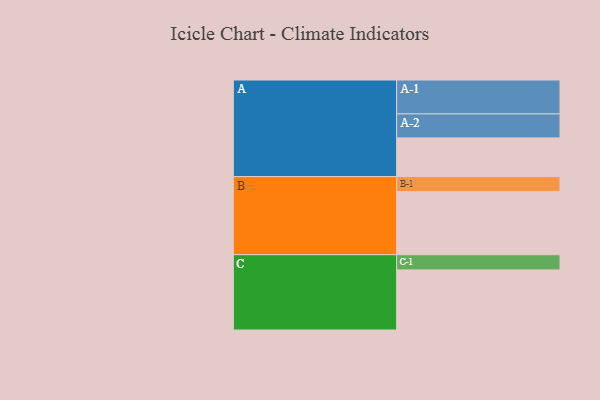
{"axis": {"x": "Segment", "y": "Value"}, "legend": ["", "A", "B", "C"], "data": [{"x": "A", "y": 300, "type": ""}, {"x": "B", "y": 489, "type": ""}, {"x": "C", "y": 466, "type": ""}, {"x": "A-1", "y": 263, "type": "A"}, {"x": "A-2", "y": 186, "type": "A"}, {"x": "B-1", "y": 117, "type": "B"}, {"x": "C-1", "y": 118, "type": "C"}]}